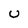
Character: U